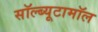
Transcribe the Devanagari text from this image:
सॉल्ब्यूटामॉल